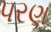
પરણ